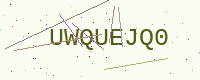
Text: UWQUEJQ0